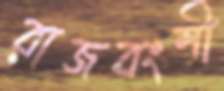
রাজবংশী